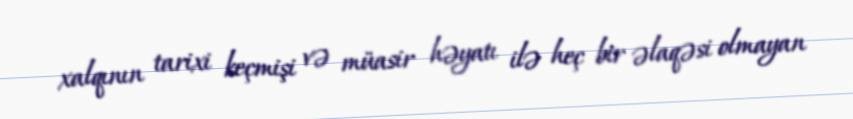
xalqının tarixi keçmişi və müasir həyatı ilə heç bir əlaqəsi olmayan